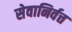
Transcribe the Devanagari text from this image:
सेवानिर्वत्त